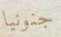
جنونيا